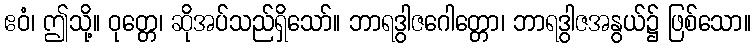
ဧဝံ၊ ဤသို့။ ဝုတ္တေ၊ ဆိုအပ်သည်ရှိသော်။ ဘာရဒွါဇဂေါတ္တော၊ ဘာရဒွါဇအနွယ်၌ ဖြစ်သော။